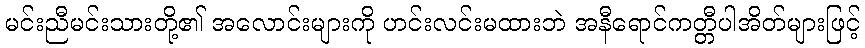
မင်းညီမင်းသားတို့၏ အလောင်းများကို ဟင်းလင်းမထားဘဲ အနီရောင်ကတ္တီပါအိတ်များဖြင့်